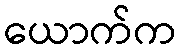
ယောက်က